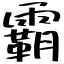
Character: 霸